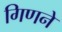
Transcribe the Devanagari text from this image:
गिणने